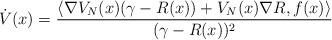
LaTeX: \begin{align*}\dot{V}(x) = \dfrac{ \left\langle \nabla V_N(x) (\gamma - R(x)) + V_N(x) \nabla{R} , f(x) \right\rangle }{(\gamma - R(x))^2}\end{align*}